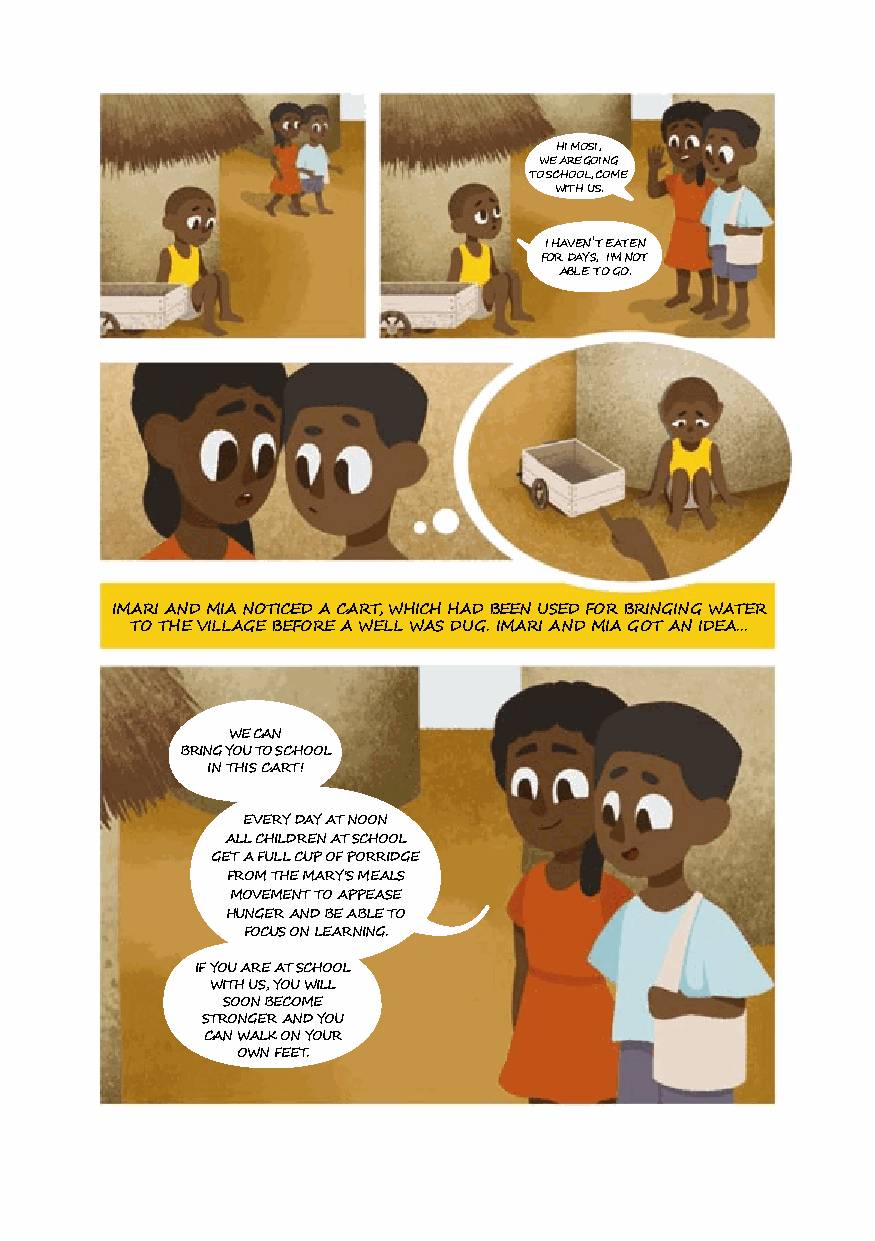
HI MOSI,
 WE ARE GOING
 TO SCHOOL, COME
 WITH US.
 I HAVEN'T EATEN
 FOR DAYS, I'M NOT
 ABLE TO GO.
 IMARI AND MIA NOTICED A CART, WHICH HAD BEEN USED FOR BRINGING WATER
 TO THE VILLAGE BEFORE A WELL WAS DUG. IMARI AND MIA GOT AN IDEA...
 WE CAN
 BRING YOU TO SCHOOL
 IN THIS CART!
 EVERY DAY AT NOON
 ALL CHILDREN AT SCHOOL
 GET A FULL CUP OF PORRIDGE
 FROM THE MARY'S MEALS
 MOVEMENT TO APPEASE
 HUNGER AND BE ABLE TO
 FOCUS ON LEARNING.
 IF YOU ARE AT SCHOOL
 WITH US, YOU WILL
 SOON BECOME
 STRONGER AND YOU
 CAN WALK ON YOUR
 OWN FEET.